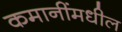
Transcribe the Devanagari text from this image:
कमानींमधील